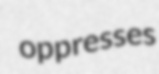
oppresses